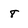
Character: 8